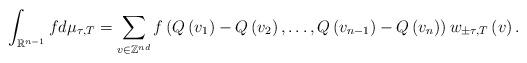
LaTeX: \begin{align*}\int_{\mathbb{R}^{n-1}}fd\mu_{\tau,T}=\sum_{v\in\mathbb{Z}^{nd}}f\left(Q\left(v_{1}\right)-Q\left(v_{2}\right),\dots,Q\left(v_{n-1}\right)-Q\left(v_{n}\right)\right)w_{\pm\tau,T}\left(v\right).\end{align*}